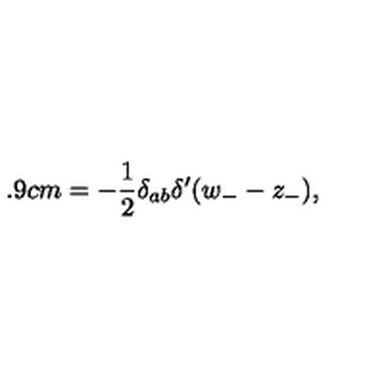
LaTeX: \hspace { 0 . 9 c m } = - \frac 1 2 \delta _ { a b } \delta ^ { \prime } ( w _ { - } - z _ { - } ) ,